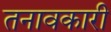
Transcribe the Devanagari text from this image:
तनावकारी